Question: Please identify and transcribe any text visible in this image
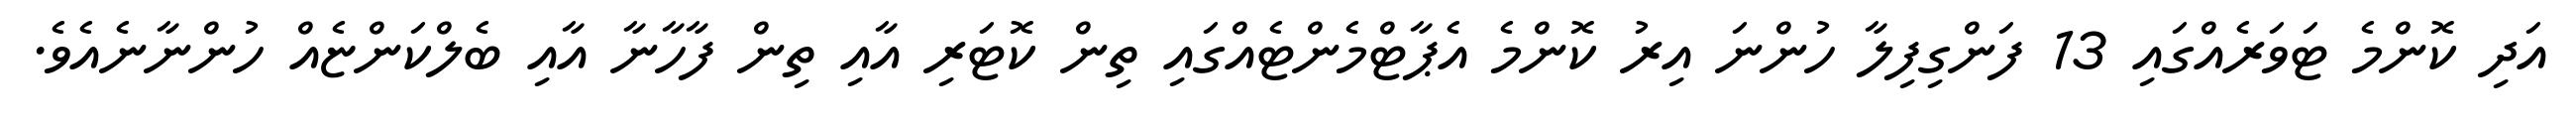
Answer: އަދި ކޮންމެ ޓަވަރެއްގައި 13 ފަންގިފިލާ ހުންނަ އިރު ކޮންމެ އެޕާޓްމެންޓެއްގައި ތިން ކޮޓަރި އާއި ތިން ފާހާނާ އާއި ބެލްކަންޏެއް ހުންނާނެއެވެ.